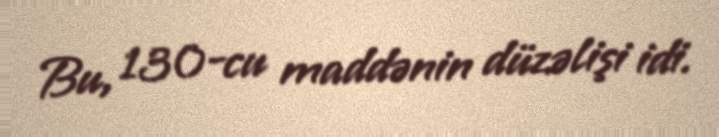
Bu, 130-cu maddənin düzəlişi idi.